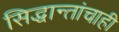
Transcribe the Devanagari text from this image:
सिद्धान्तांचाही